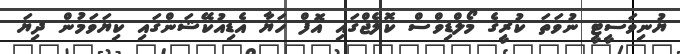
ޔުނިވަސީޓީ ނުވަތަ ކުރީގެ މޯލްޑިވްސް ކޮލެޖްގައި އޮފް ހަޔާ އެޑިއުކޭޝަންގައި ކިޔަވަމުން ދިޔަ